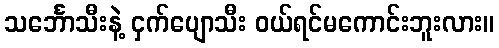
သင်္ဘောသီးနဲ့ ငှက်ပျောသီး ဝယ်ရင်မကောင်းဘူးလား။